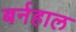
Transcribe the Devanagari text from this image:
बर्नहाल